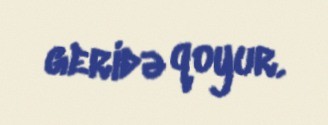
geridə qoyur.